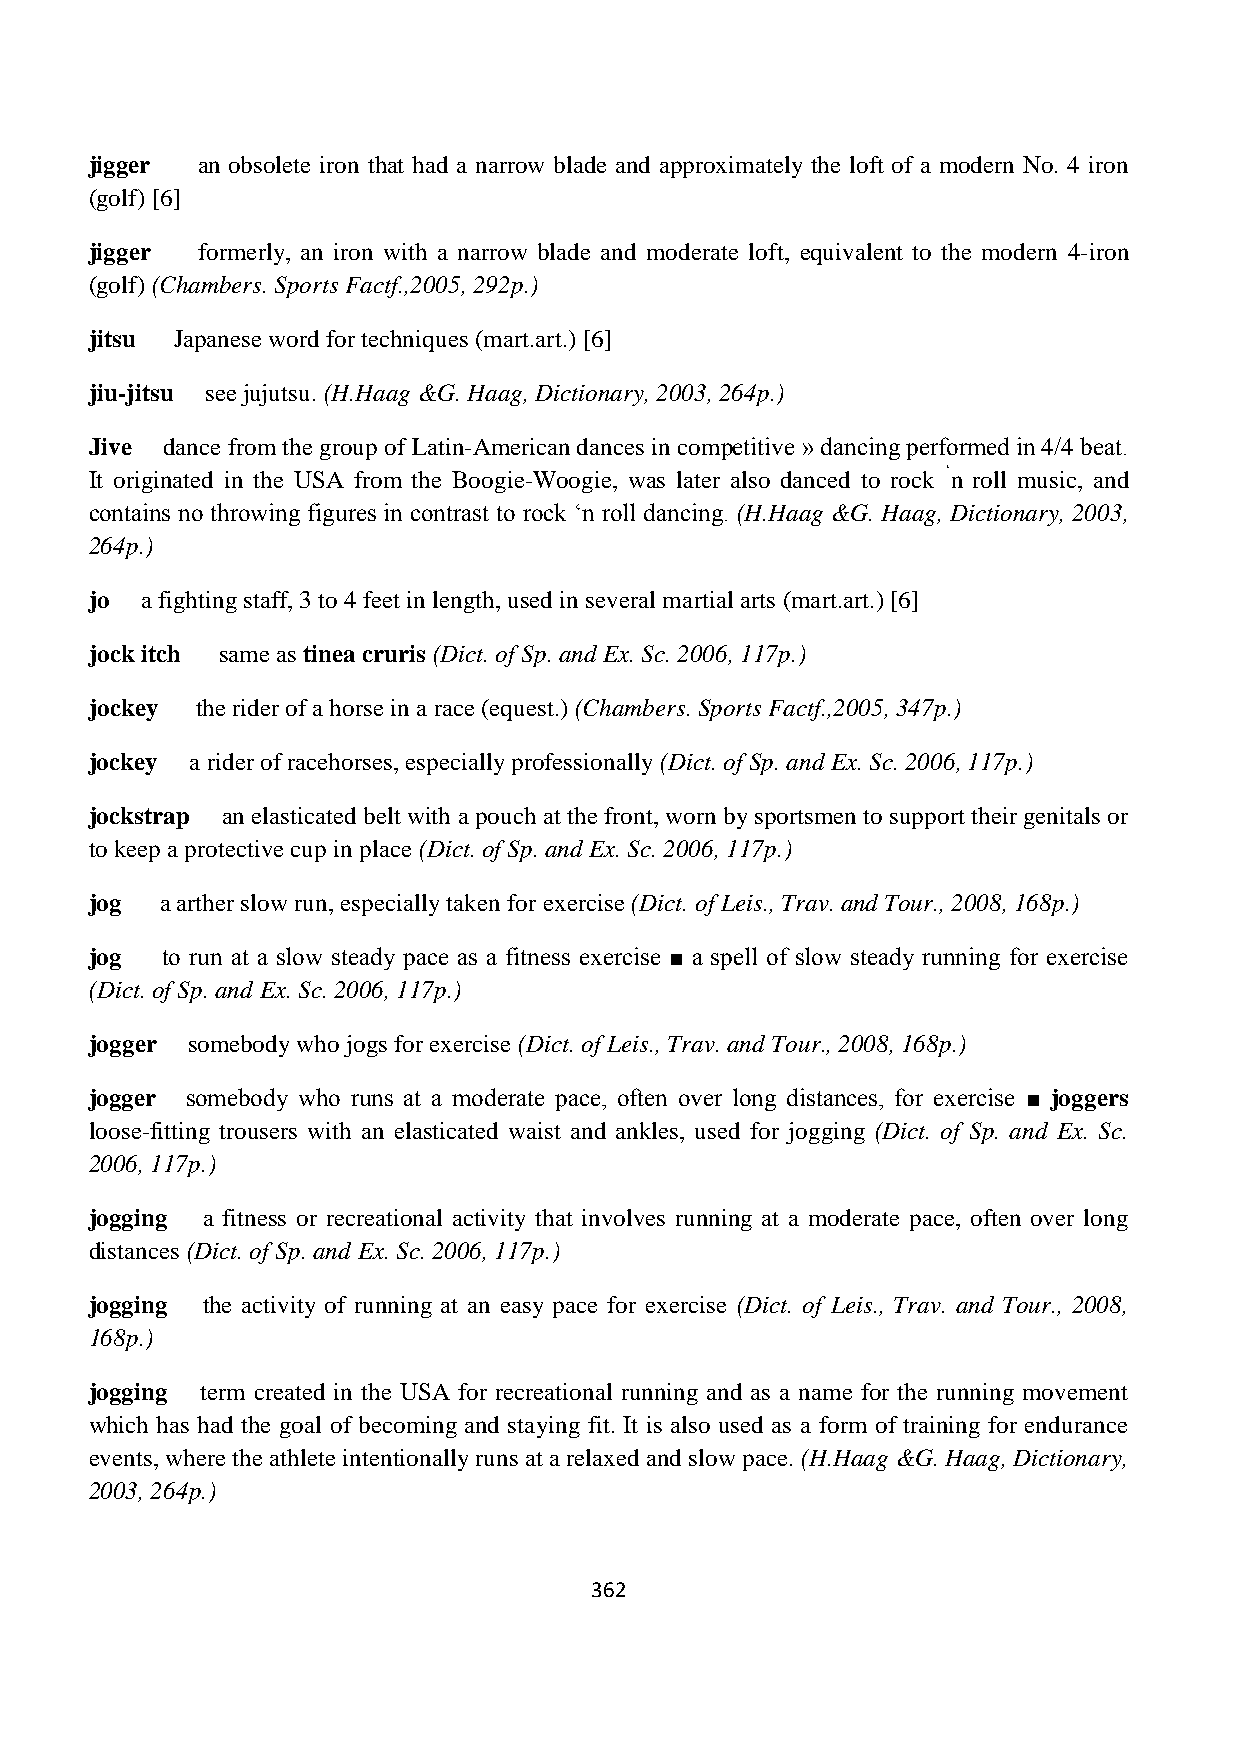
jigger an obsolete iron that had a narrow blade and approximately the loft of a modern No. 4 iron
 (golf) [6]
 jigger formerly, an iron with a narrow blade and moderate loft, equivalent to the modern 4-iron
 (golf) (Chambers. Sports Factf.,2005, 292p.)
 jitsu Japanese word for techniques (mart.art.) [6]
 jiu-jitsu see jujutsu. (H.Haag &G. Haag, Dictionary, 2003, 264p.)
 Jive dance from the group of Latin-American dances in competitive » dancing performed in 4/4 beat.
 It originated in the USA from the Boogie-Woogie, was later also danced to rock „n roll music, and
 contains no throwing figures in contrast to rock „n roll dancing. (H.Haag &G. Haag, Dictionary, 2003,
 264p.)
 jo a fighting staff, 3 to 4 feet in length, used in several martial arts (mart.art.) [6]
 jock itch same as tinea cruris (Dict. of Sp. and Ex. Sc. 2006, 117p.)
 jockey the rider of a horse in a race (equest.) (Chambers. Sports Factf.,2005, 347p.)
 jockey a rider of racehorses, especially professionally (Dict. of Sp. and Ex. Sc. 2006, 117p.)
 jockstrap an elasticated belt with a pouch at the front, worn by sportsmen to support their genitals or
 to keep a protective cup in place (Dict. of Sp. and Ex. Sc. 2006, 117p.)
 jog  a arther slow run, especially taken for exercise (Dict. of Leis., Trav. and Tour., 2008, 168p.)
 jog  to run at a slow steady pace as a fitness exercise ■ a spell of slow steady running for exercise
 (Dict. of Sp. and Ex. Sc. 2006, 117p.)
 jogger somebody who jogs for exercise (Dict. of Leis., Trav. and Tour., 2008, 168p.)
 jogger somebody who runs at a moderate pace, often over long distances, for exercise ■ joggers
 loose-fitting trousers with an elasticated waist and ankles, used for jogging (Dict. of Sp. and Ex. Sc.
 2006, 117p.)
 jogging a fitness or recreational activity that involves running at a moderate pace, often over long
 distances (Dict. of Sp. and Ex. Sc. 2006, 117p.)
 jogging the activity of running at an easy pace for exercise (Dict. of Leis., Trav. and Tour., 2008,
 168p.)
 jogging term created in the USA for recreational running and as a name for the running movement
 which has had the goal of becoming and staying fit. It is also used as a form of training for endurance
 events, where the athlete intentionally runs at a relaxed and slow pace. (H.Haag &G. Haag, Dictionary,
 2003, 264p.)
 362